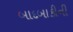
બાદબાકીની